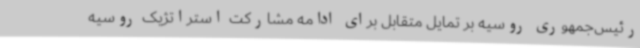
رئیس‌جمهوری روسیه بر تمایل متقابل برای ادامه مشارکت استراتژیک روسیه